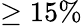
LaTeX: \ge 15\%